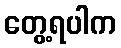
တွေ့ရပါက